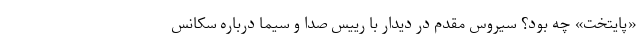
«پایتخت» چه بود؟ سیروس مقدم در دیدار با رییس صدا و سیما درباره سکانس